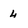
Character: 4